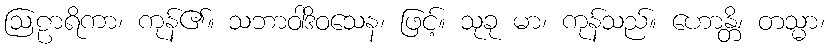
ဩဠာရိကာ၊ ကုန်၏။ သဘာဝါဒိဝသေန၊ ဖြင့်။ သုခု မာ၊ ကုန်သည်။ ဟောန္တိ၊ တသ္မာ၊